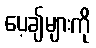
ပေ့ချ်များကို